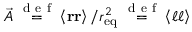
\vec { A } \stackrel { \mathrm { ~ d ~ e ~ f ~ } } { = } \left\langle \boldsymbol { \mathbf { r } } \boldsymbol { \mathbf { r } } \right\rangle / r _ { \mathrm { e q } } ^ { 2 } \stackrel { \mathrm { ~ d ~ e ~ f ~ } } { = } \left\langle \boldsymbol { \ell } \boldsymbol { \ell } \right\rangle